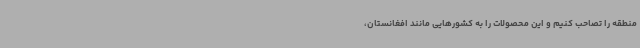
منطقه را تصاحب کنیم و این محصولات را به کشورهایی مانند افغانستان،